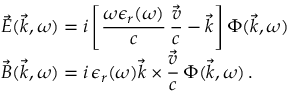
\begin{array} { l } { \displaystyle \vec { E } ( \vec { k } , \omega ) = i \left[ \frac { \omega \epsilon _ { r } ( \omega ) } { c } \, \frac { \vec { v } } { c } - \vec { k } \right] \Phi ( \vec { k } , \omega ) } \\ { \displaystyle \vec { B } ( \vec { k } , \omega ) = i \, \epsilon _ { r } ( \omega ) \vec { k } \times \frac { \vec { v } } { c } \, \Phi ( \vec { k } , \omega ) \, . } \end{array}